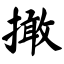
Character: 撖